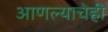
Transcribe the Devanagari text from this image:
आणल्याचेही